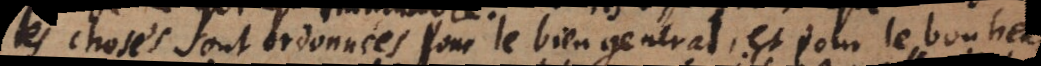
les choses sont ordonnées pour le bien general et pour le bonheur